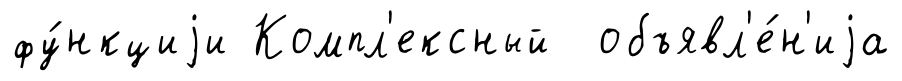
фу́нкциjи Компл'ексный объявл'е́н'иjа